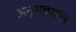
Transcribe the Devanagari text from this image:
अनुभवस्रोत